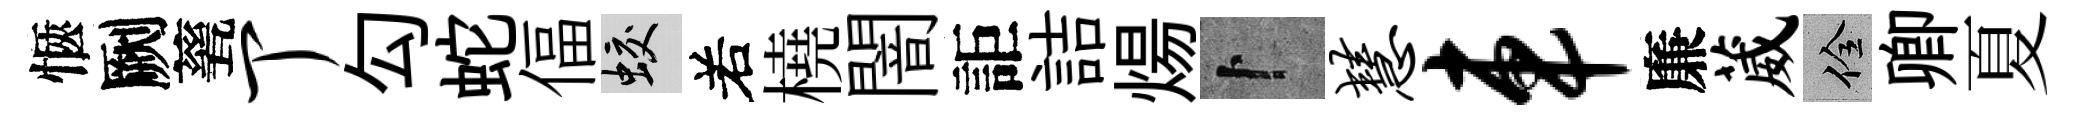
愜劂甆丁勾蛇偪蛟𠰥橈闇詎詰煬卜慧车廉葳佺卿夏